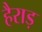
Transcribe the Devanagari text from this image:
हैराड़